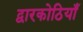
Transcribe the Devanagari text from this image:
द्वारकोठियाँ